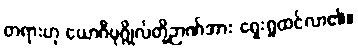
တရားဟု ယောဂီပုဂ္ဂိုလ်တို့ဉာဏ်အား ရှေးရှုထင်လာ၏။